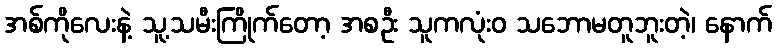
အစ်ကိုလေးနဲ့ သူ့သမီးကြိုက်တော့ အစဦး သူကလုံးဝ သဘောမတူဘူးတဲ့၊ နောက်